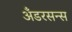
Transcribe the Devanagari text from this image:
अँडरसन्स